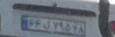
۶۴ل۷۹۵۶۸